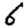
Digit: 6